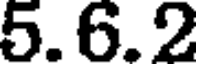
5.6.2